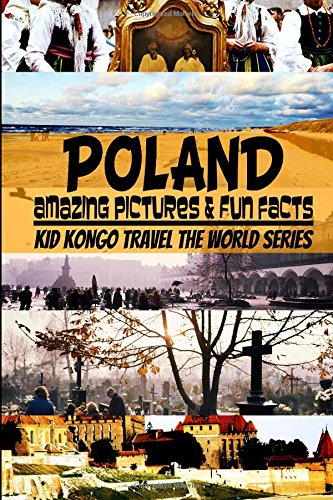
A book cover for Poland (Travel The World Series) (Volume 7); Kid Kongo; Travel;